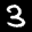
Label: 3